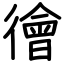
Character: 徻